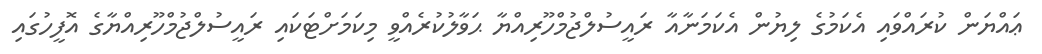
ޢައްޔަން ކުރައްވައި އެކަމުގެ ލިޔުން އެކަމަނާއާ ރައީސުލްޖުމްހޫރިއްޔާ ޙަވާލުކުރެއްވީ މިކަމަށްޓަކައި ރައީސުލްޖުމްހޫރިއްޔާގެ އޮފީހުގައި